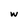
Character: w